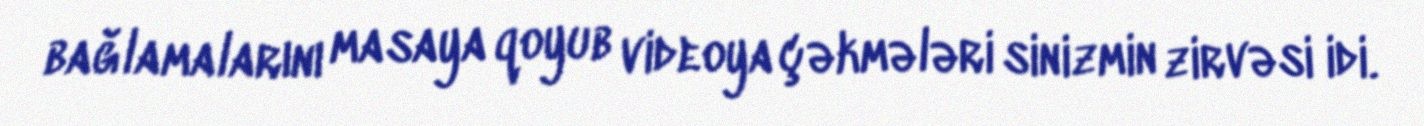
bağlamalarını masaya qoyub videoya çəkmələri sinizmin zirvəsi idi.